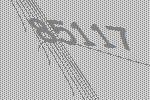
85117